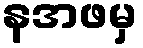
နအဖမှ